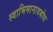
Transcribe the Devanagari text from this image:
स्वाभिमानावबोध